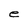
Character: e